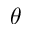
\theta